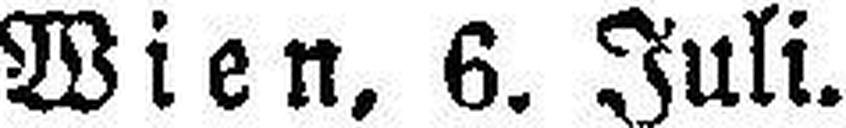
Wien, 6. Juli.